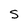
Character: S